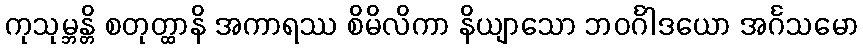
ကုသုမ္ဘန္တိ စတုတ္ထာနိ အကာရဿ စိမိလိကာ နိယျာသော ဘဝင်္ဂါဒယော အင်္ဂသမော